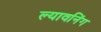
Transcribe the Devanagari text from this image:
ल्यावनिंग